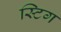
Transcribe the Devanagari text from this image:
स्टिग